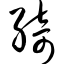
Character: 绮